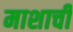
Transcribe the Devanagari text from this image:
माशाची